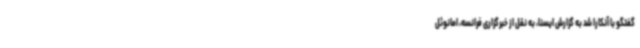
گفتگو با آنکارا شد به گزارش ایسنا، به نقل از خبرگزاری فرانسه، امانوئل